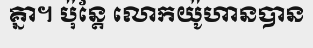
គ្នា។ ប៉ុន្តែ លោកយ៉ូហានបាន